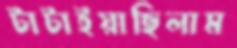
টাটাইয়াছিলাম